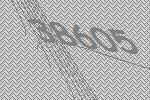
38605